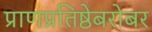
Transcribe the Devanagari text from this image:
प्राणप्रतिष्ठेबरोबर